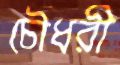
চৌধরী